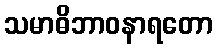
သမာဓိဘာဝနာရတော